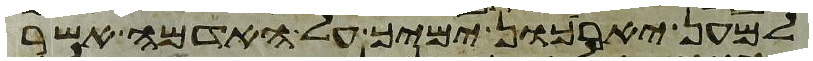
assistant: למען יארכון ימיך על האדמה אשר